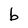
Character: b